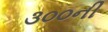
૩૦૦ની